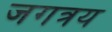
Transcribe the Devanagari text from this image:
जगत्रय